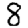
Digit: 8